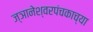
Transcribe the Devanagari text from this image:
ज्ञानेश्वरपंचकाच्या